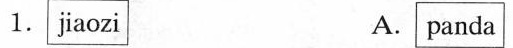
1.jiaozi A.panda